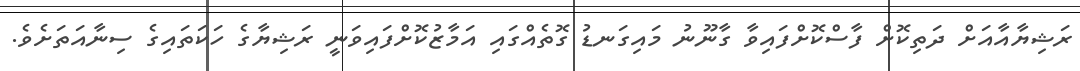
ރަޝިޔާއާއަށް ދަތިކޮށް ފާސްކޮށްފައިވާ ގާނޫނު މައިގަނޑު ގޮތެއްގައި އަމާޒުކޮށްފައިވަނީ ރަޝިޔާގެ ހަކަތައިގެ ސިނާއަތަށެވެ.